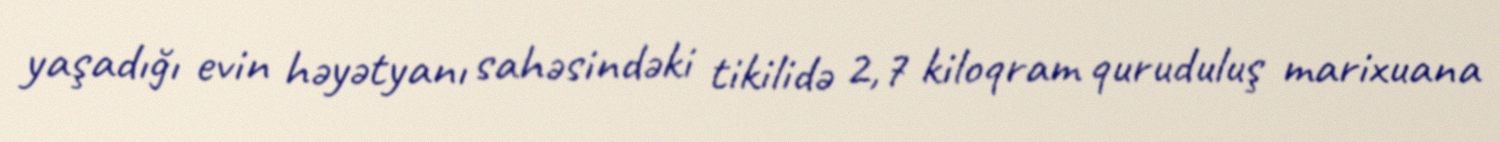
yaşadığı evin həyətyanı sahəsindəki tikilidə 2,7 kiloqram quruduluş marixuana